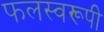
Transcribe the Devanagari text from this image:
फलस्वरूपी